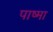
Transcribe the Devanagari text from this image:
पाष्मा